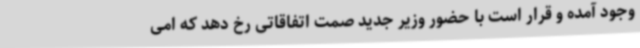
وجود آمده و قرار است با حضور وزیر جدید صمت اتفاقاتی رخ دهد که امی